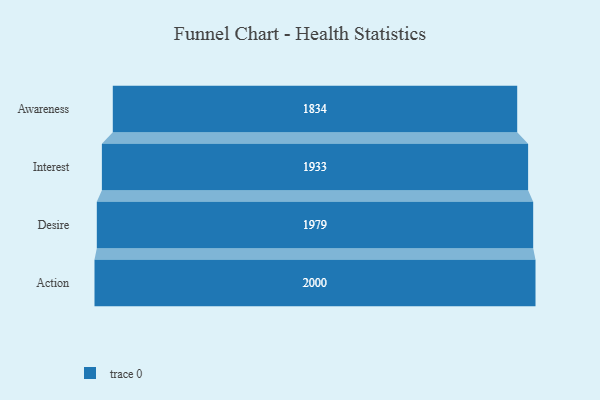
{"axis": {"x": "Stage", "y": "Value"}, "legend": [""], "data": [{"x": "Awareness", "y": 1834.0, "type": ""}, {"x": "Interest", "y": 1933.0, "type": ""}, {"x": "Desire", "y": 1979.0, "type": ""}, {"x": "Action", "y": 2000, "type": ""}]}